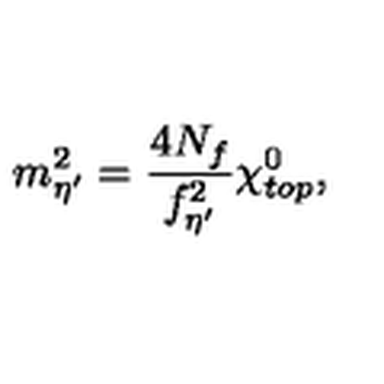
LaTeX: m _ { \eta ^ { \prime } } ^ { 2 } = \frac { 4 N _ { f } } { f _ { \eta ^ { \prime } } ^ { 2 } } \chi _ { t o p } ^ { 0 } ,